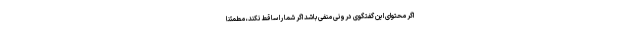
اگر محتوای این گفتگوی درونی منفی باشد اگر شما را ساقط نکند، مطمئناً